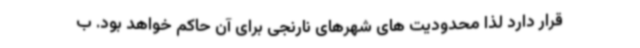
قرار دارد لذا محدودیت های شهرهای نارنجی برای آن حاکم خواهد بود. ب